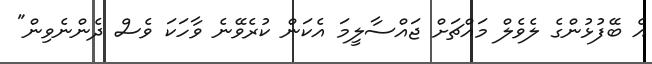
އެ ބޭފުޅުންގެ ލެވެލް މައްޗަށް ޖައްސާލީމަ އެކަން ކުރެވޭނެ ވާހަކަ ވެސް ދެންނެވިން"